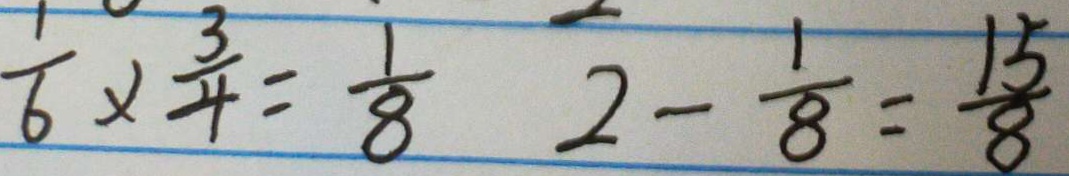
\frac { 1 } { 6 } \times \frac { 3 } { 4 } = \frac { 1 } { 8 } 2 - \frac { 1 } { 8 } = \frac { 1 5 } { 8 }